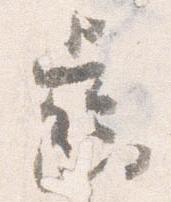
歯